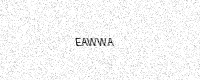
Text: EAWWA